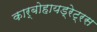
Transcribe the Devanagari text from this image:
कार्बोहायड्रेट्रस